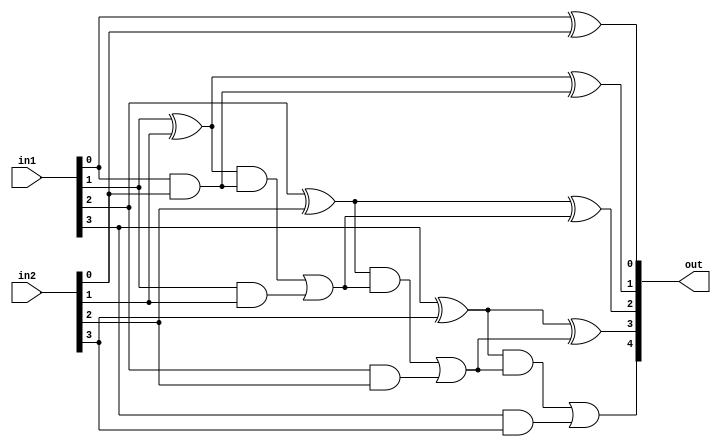
`timescale 1ns / 1ps
//////////////////////////////////////////////////////////////////////////////////
// Company: 
// Engineer: 
// 
// Design Name: 
// Module Name:    Carry_Look_Ahead_Adder 
// Project Name: 
// Target Devices: 
// Tool versions: 
// Description: 
//
// Dependencies: 
//
// Revision: 
// Revision 0.01 - File Created
// Additional Comments: 
//
//////////////////////////////////////////////////////////////////////////////////
module Carry_Look_Ahead_Adder(in1,in2,out);

input [3:0] in1,in2;
output [4:0] out;

wire c0,c1,c2,c3,c4;

wire p0,p1,p2,p3;
wire g0,g1,g2,g3;

assign p0=(in1[0]^in2[0]);
assign p1=(in1[1]^in2[1]);
assign p2=(in1[2]^in2[2]);
assign p3=(in1[3]^in2[3]);

assign g0=(in1[0]&in2[0]);
assign g1=(in1[1]&in2[1]);
assign g2=(in1[2]&in2[2]);
assign g3=(in1[3]&in2[3]);

assign c0=1'b0;
assign c1=((p0&c0)|g0);
assign c2=((p1&c1)|g1);
assign c3=((p2&c2)|g2);
assign c4=((p3&c3)|g3);

assign out[0]=(p0^c0);
assign out[1]=(p1^c1);
assign out[2]=(p2^c2);
assign out[3]=(p3^c3);
assign out[4]=c4;

endmodule